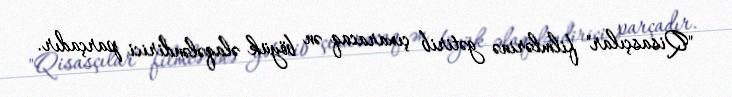
"Qisasçılar" filmlərinə gətirib çıxaracaq ən böyük əlaqələndirici parçadır.